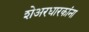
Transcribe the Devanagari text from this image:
शेअरधारकांना